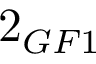
2 _ { G F 1 }